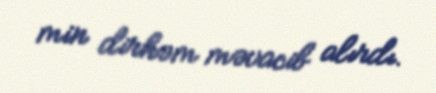
min dirhəm məvacib alırdı.